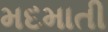
મદમાતી